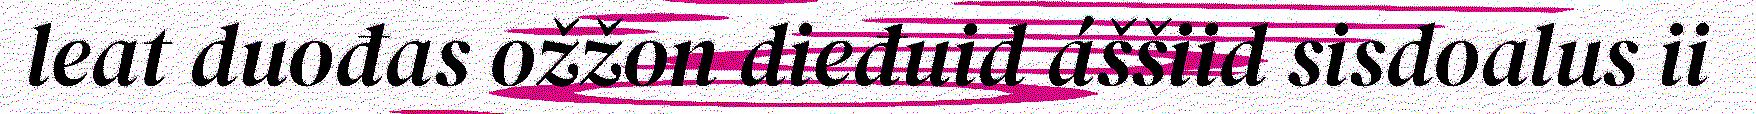
leat duođas ožžon dieđuid áššiid sisdoalus ii